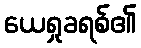
ယေရှုခရစ်၏